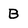
Character: B